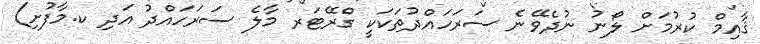
ޤާއިމް ކުރުމަށް ލޯނު ނުދެވޭނެ ސަރަހައްދުތަކަކީ ގްރޭޓަރ މާލެ ސަރަހައްދު އަދި ކ.މާފުށި)